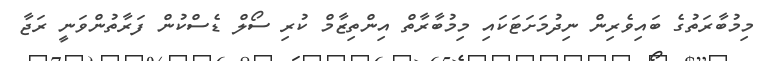
މިމުބާރަތުގެ ބައިވެރިން ނިދުމަށަޓަކައި މިމުބާރާތް އިންތިޒާމް ކުރި ސޯލް ޑެސްކުން ފަރާތުންވަނީ ރަޖާ